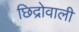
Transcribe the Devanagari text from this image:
छिद्रोवाली